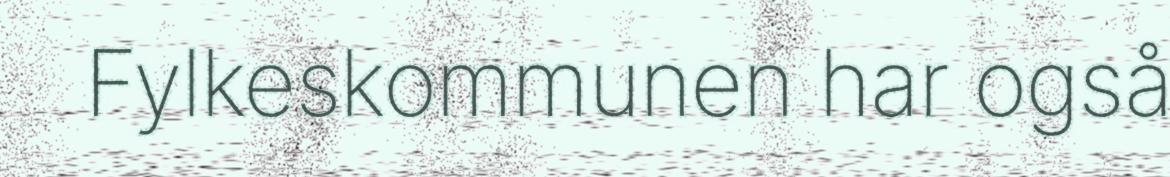
Fylkeskommunen har også